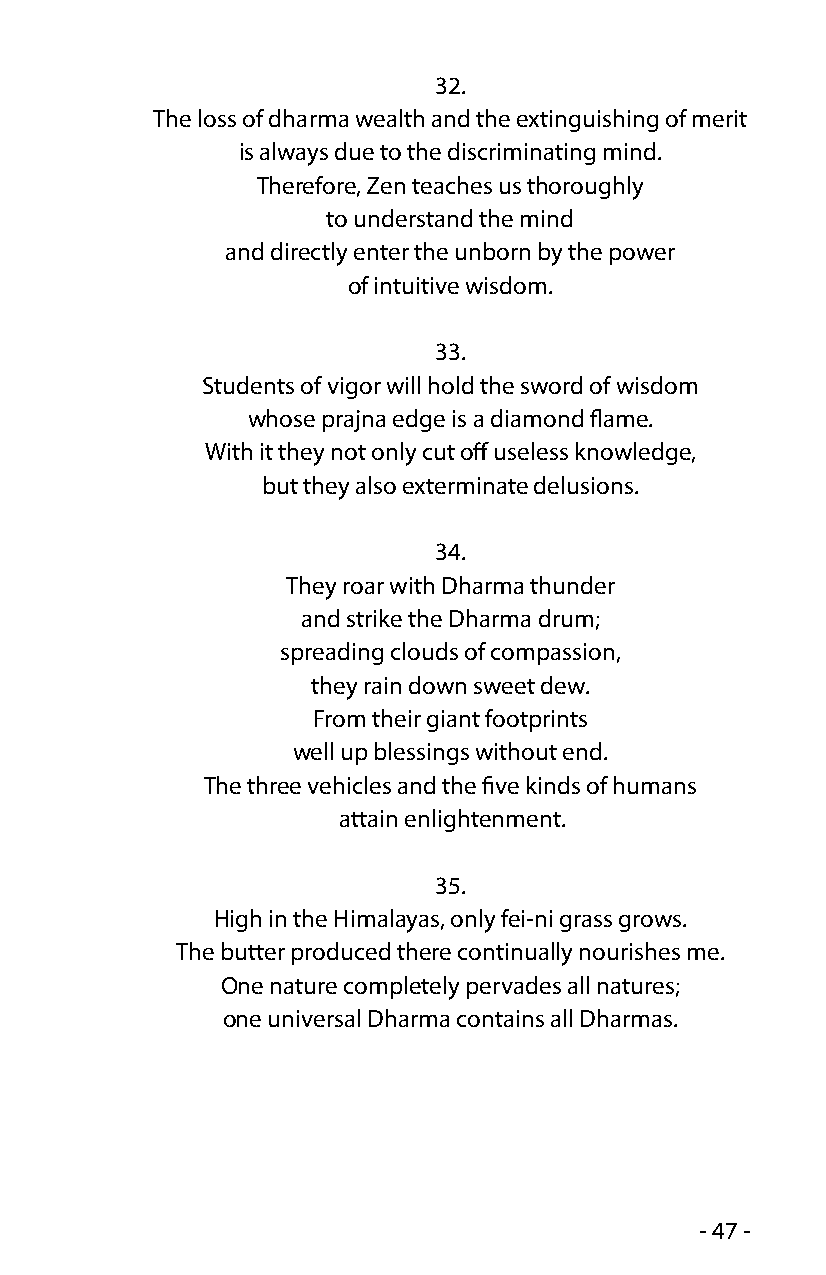
32.
 The loss of dharma wealth and the extinguishing of merit
 is always due to the discriminating mind.
 Therefore, Zen teaches us thoroughly
 to understand the mind
 and directly enter the unborn by the power
 of intuitive wisdom.
 33.
 Students of vigor will hold the sword of wisdom
 whose prajna edge is a diamond flame.
 With it they not only cut off useless knowledge,
 but they also exterminate delusions.
 34.
 They roar with Dharma thunder
 and strike the Dharma drum;
 spreading clouds of compassion,
 they rain down sweet dew.
 From their giant footprints
 well up blessings without end.
 The three vehicles and the five kinds of humans
 attain enlightenment.
 35.
 High in the Himalayas, only fei-ni grass grows.
 The butter produced there continually nourishes me.
 One nature completely pervades all natures;
 one universal Dharma contains all Dharmas.
 - 47 -